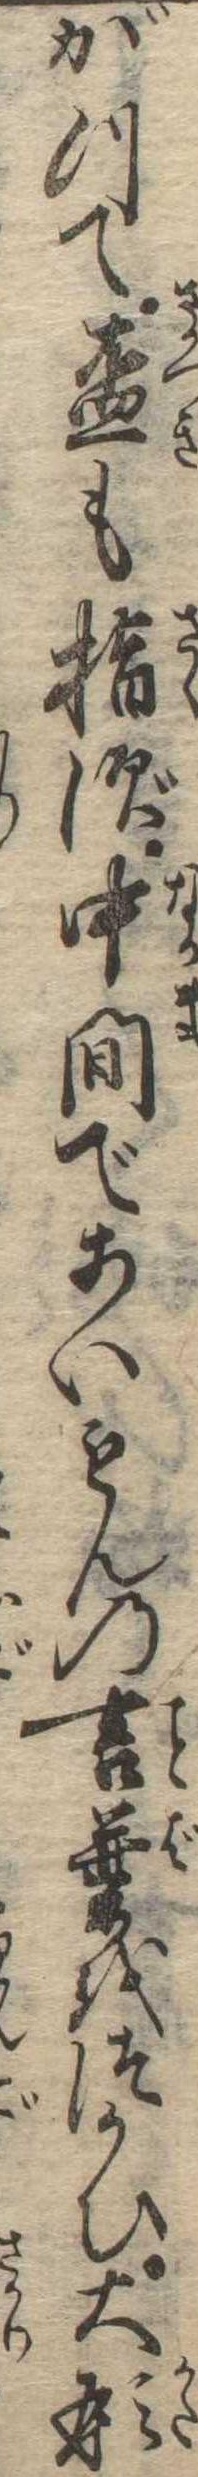
がつて杯も指ず中間であいもんの言葉をつかひ大形